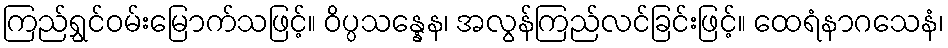
ကြည်ရွှင်ဝမ်းမြောက်သဖြင့်။ ဝိပ္ပသန္နေန၊ အလွန်ကြည်လင်ခြင်းဖြင့်။ ထေရံနာဂသေနံ၊